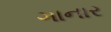
ગાનાર